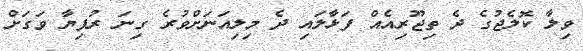
ވިލާ ކޮލެޖުގެ ދެ ތިޖޫރިއެއް ފަޅާލައި ދެ މިލިއަނަށްވުރެ ގިނަ ރުފިޔާ ވަގަށް